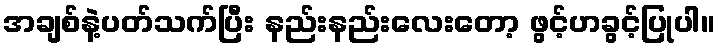
အချစ်နဲ့ပတ်သက်ပြီး နည်းနည်းလေးတော့ ဖွင့်ဟခွင့်ပြုပါ။